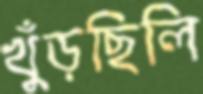
খুঁড়ছিলি